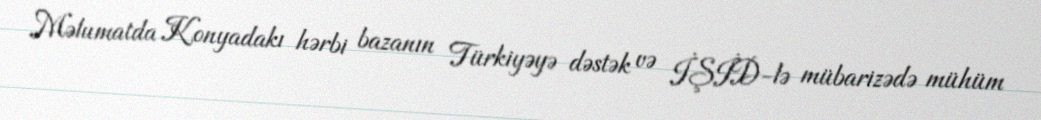
Məlumatda Konyadakı hərbi bazanın Türkiyəyə dəstək və İŞİD-lə mübarizədə mühüm